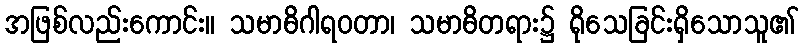
အဖြစ်လည်းကောင်း။ သမာဓိဂါရဝတာ၊ သမာဓိတရား၌ ရိုသေခြင်းရှိသောသူ၏